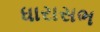
ધારાસભ